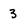
Character: 3